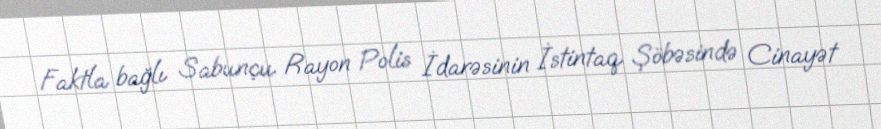
Faktla bağlı Sabunçu Rayon Polis İdarəsinin İstintaq Şöbəsində Cinayət